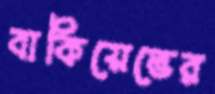
বাকিয়েভের